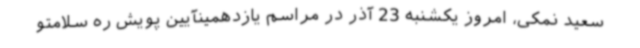
سعید نمکی، امروز یکشنبه 23 آذر در مراسم یازدهمینآیین پویش ره سلامتو